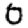
Digit: 0